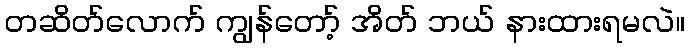
တဆိတ်လောက် ကျွန်တော့် အိတ် ဘယ် နားထားရမလဲ။